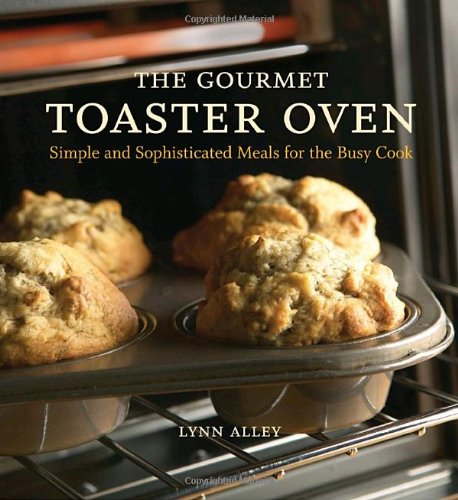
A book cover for The Gourmet Toaster Oven: Simple and Sophisticated Meals for the Busy Cook; Lynn Alley; Cookbooks, Food & Wine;